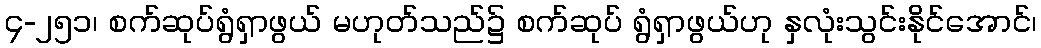
၄-၂၅၁၊ စက်ဆုပ်ရွံရှာဖွယ် မဟုတ်သည်၌ စက်ဆုပ် ရွံရှာဖွယ်ဟု နှလုံးသွင်းနိုင်အောင်၊